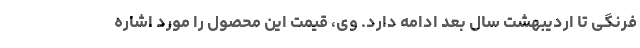
فرنگی تا اردیبهشت سال بعد ادامه دارد. وی، قیمت این محصول را مورد اشاره